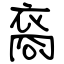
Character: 裔